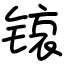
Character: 锿